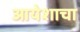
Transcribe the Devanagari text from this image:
आयेशाचा